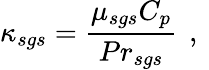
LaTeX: \kappa_{sgs}=\frac{\mu_{sgs}C_{p}}{{Pr}_{sgs}}\, \mathrm{~,~}